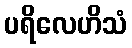
ပရိလေဟိသံ